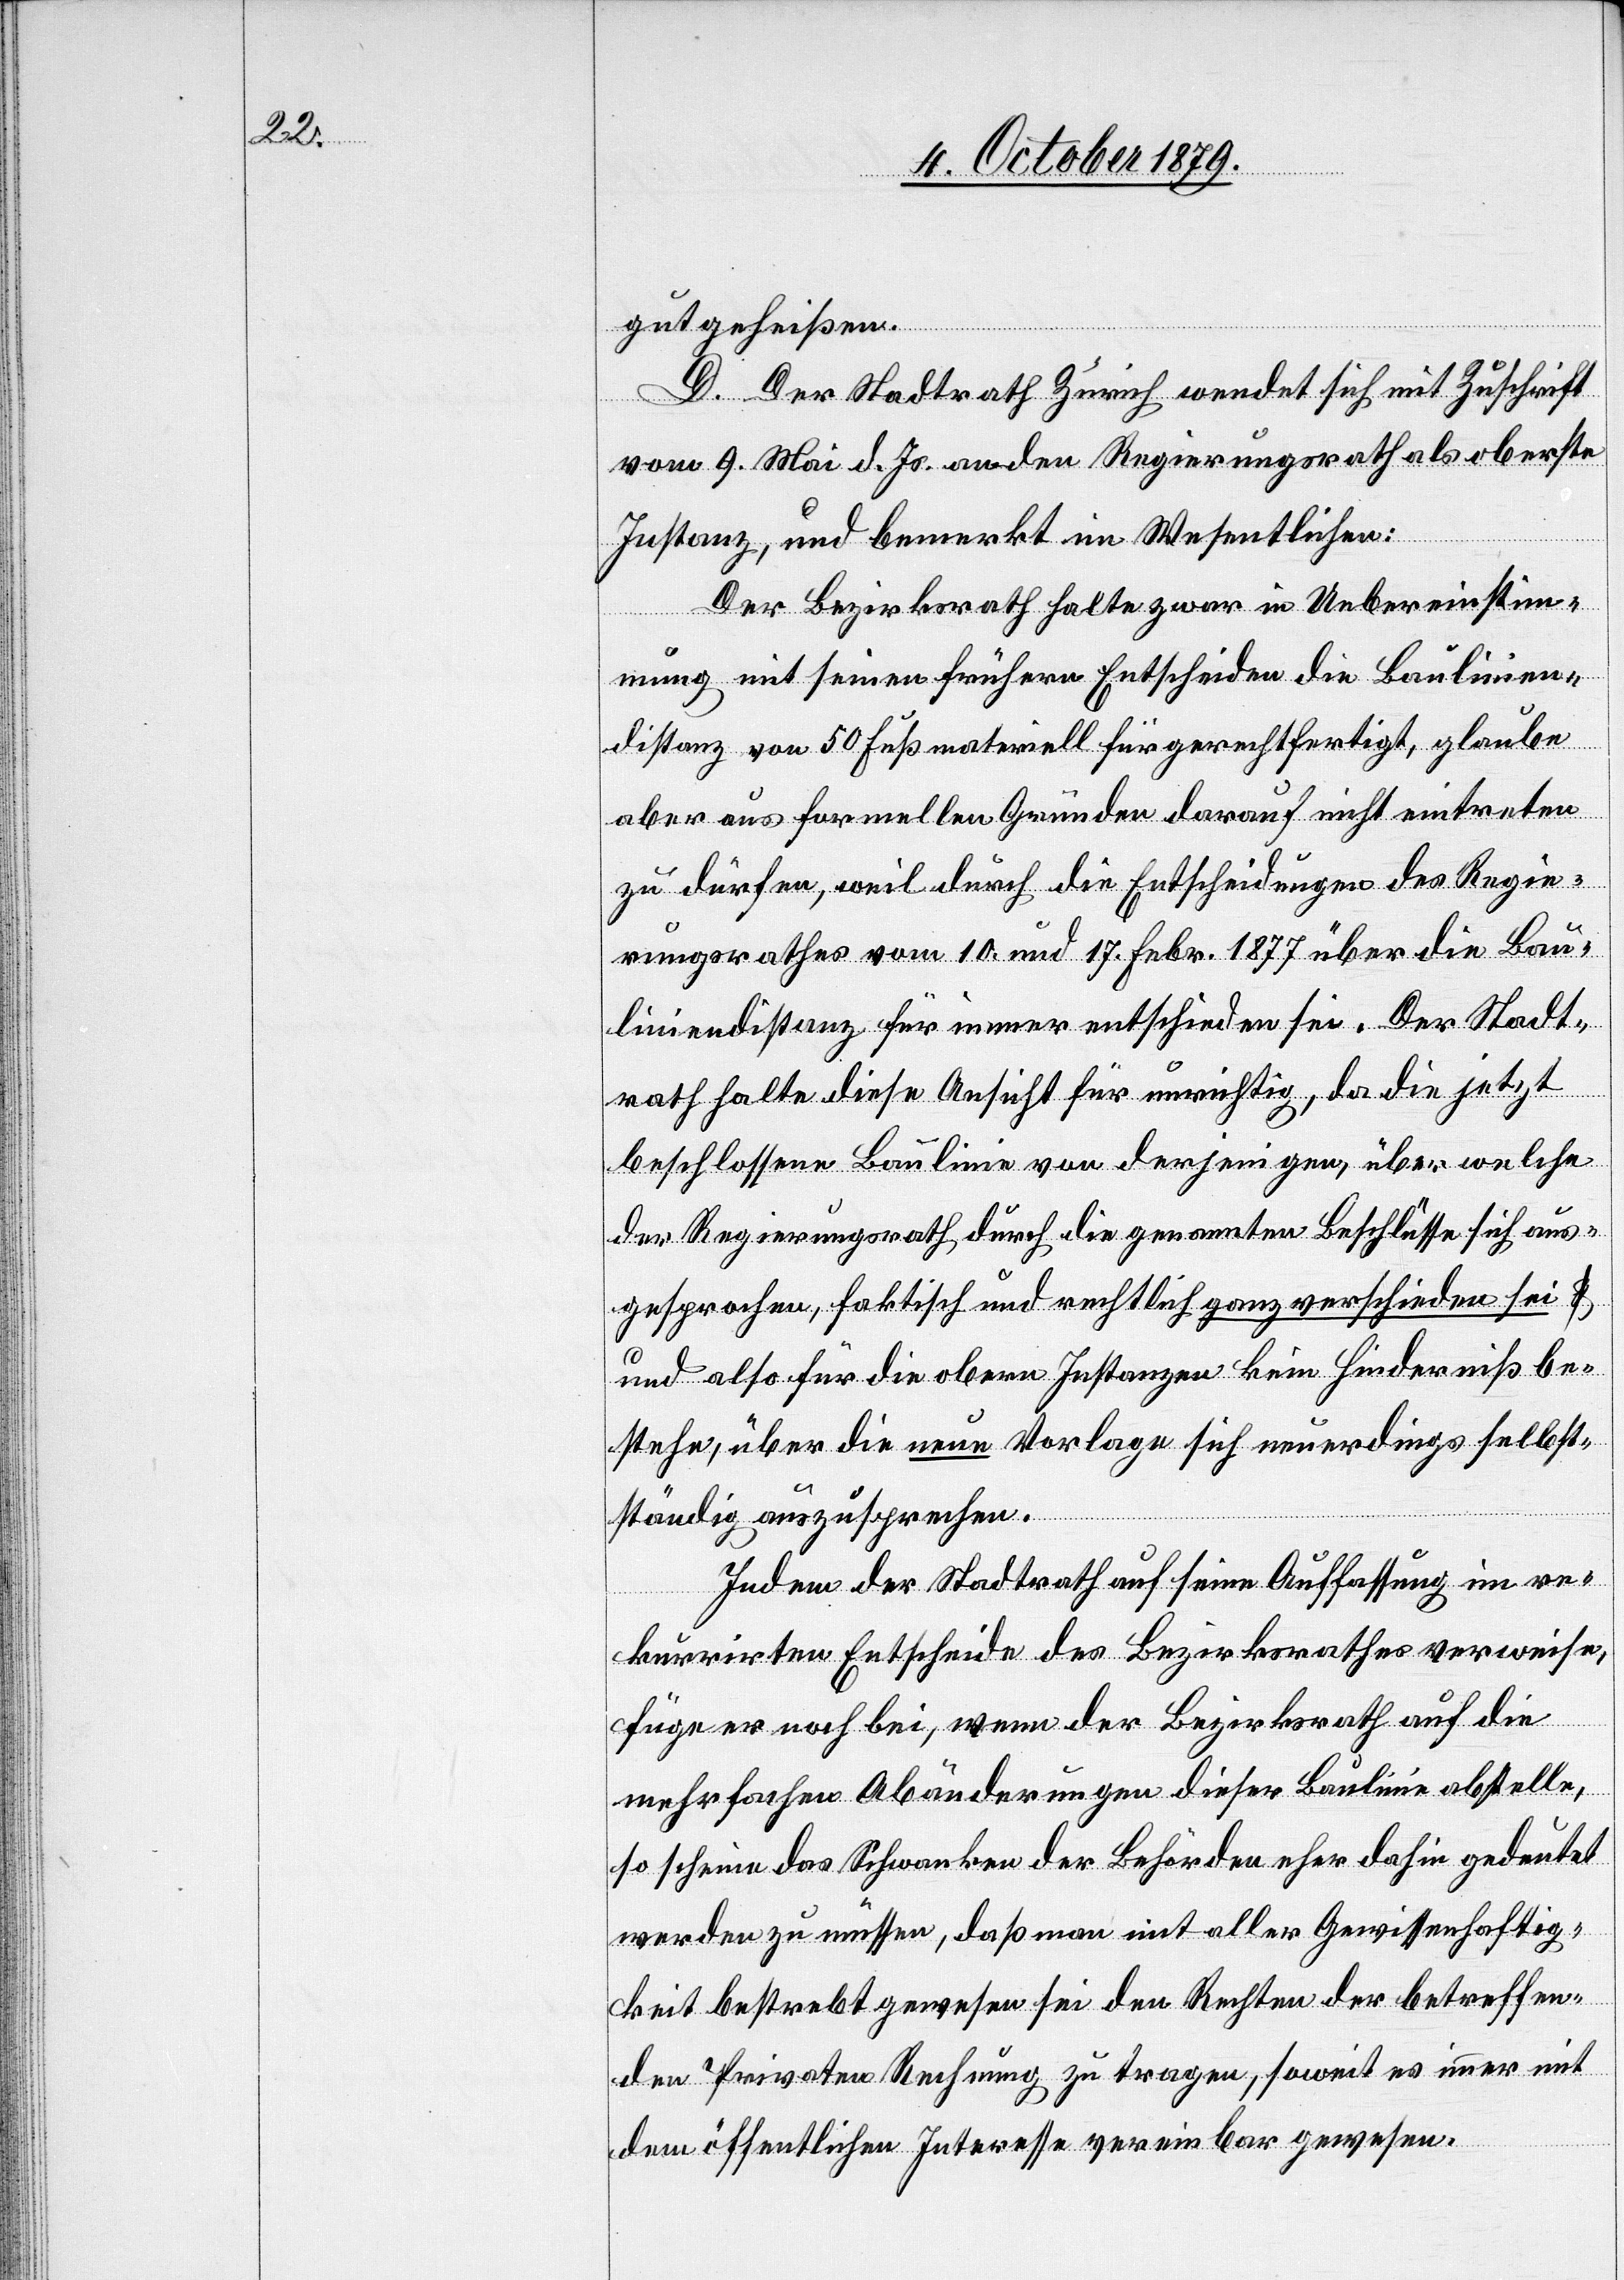
gutgeheißen.
D. Der Stadtrath Zürich wendet sich mit Zuschrift
vom 9. Mai d. Js. an den Regierungsrath als oberste
Instanz, und bemerkt im Wesentlichen:
Der Bezirksrath halte zwar in Uebereinstim¬
mung mit seinen frühern Entscheiden die Baulinien¬
distanz von 50 Fuß materiell für gerechtfertigt, glaube
aber aus formellen Gründen darauf nicht eintreten
zu dürfen, weil durch die Entscheidungen des Regie¬
rungsrathes vom 10. und 17. Febr. 1877 über die Bau¬
liniendistanz für immer entschieden sei. Der Stadt¬
rath halte diese Ansicht für unrichtig, da die jetzt
beschlossene Baulinie von derjenigen, über welche
der Regierungsrath durch die genannten Beschlüsse sich aus¬
gesprochen, faktisch und rechtlich ganz verschieden sei u¬
nd also für die obern Instanzen kein Hinderniß be¬
stehe, über die neue Vorlage sich neuerdings selbst¬
ständig auszusprechen.
Indem der Stadtrath auf seine Auffassung im re¬
kurrirten Entscheide des Bezirksrathes verweise,
füge er noch bei, wenn der Bezirksrath auf die
mehrfachen Abänderungen dieser Baulinie abstelle,
so scheine das Schwanken der Behörden eher dafür gedeutet
werden zu müssen, daß man mit aller Gewissenhaftig¬
keit bestrebt gewesen sei den Rechten der betreffen¬
den Privaten Rechnung zu tragen, soweit es immer mit
dem öffentlichen Interesse vereinbar gewesen.